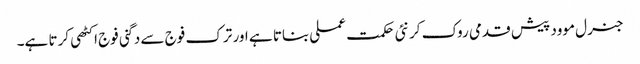
جنرل موود پیش قدمی روک کر نئی حکمت عملی بناتا ہے اور ترک فوج سے دگنی فوج اکٹھی کرتا ہے۔